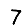
Digit: 7